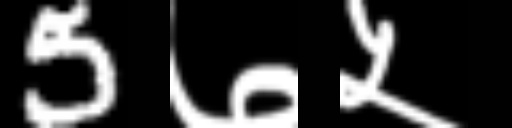
Text: 5७५